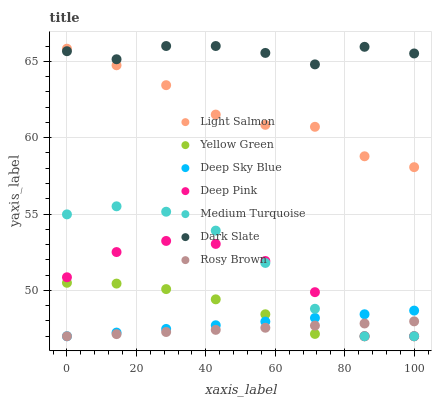
| xaxis_label | Light Salmon | Yellow Green | Deep Sky Blue | Deep Pink | Medium Turquoise | Dark Slate | Rosy Brown |
 | --- | --- | --- | --- | --- | --- | --- | --- |
 | 0 | 65.8 | 50.5 | 47 | 50.9 | 55 | 65.7 | 47 |
 | 14.3 | 64.7 | 50.4 | 47.2 | 52.5 | 55.5 | 65.1 | 47.1 |
 | 28.6 | 63.4 | 50.1 | 47.5 | 53.2 | 55.2 | 66 | 47.3 |
 | 42.9 | 61.5 | 49.4 | 47.7 | 53 | 53.9 | 66 | 47.4 |
 | 57.1 | 60.8 | 48.4 | 48 | 51.9 | 51.8 | 65.5 | 47.6 |
 | 71.4 | 60.7 | 47.2 | 48.2 | 49.9 | 48.8 | 64.8 | 47.7 |
 | 85.7 | 58.8 | 47 | 48.4 | 47 | 47 | 65.9 | 47.8 |
 | 100 | 58.1 | 47 | 48.7 | 47 | 47 | 65.5 | 48 |